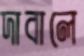
দাবালে